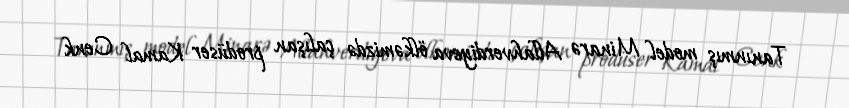
Tanınmış model Minarə Allahverdiyeva ölkəmizdə çalışan prodüser Kamal Cenk